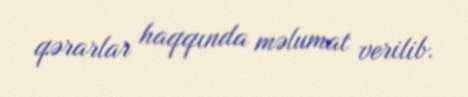
qərarlar haqqında məlumat verilib.